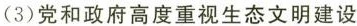
(3)党和政府高度重视生态文明建设